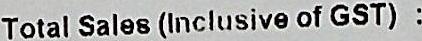
TOTAL SALES(INCLUSIVE OF GST) :